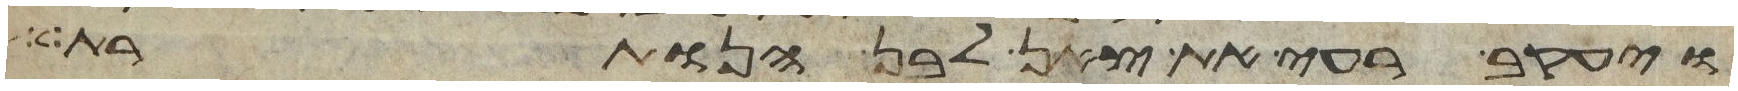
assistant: ויעקב רעה את צאן לבן הנותרת